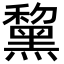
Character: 黧